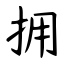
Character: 拥